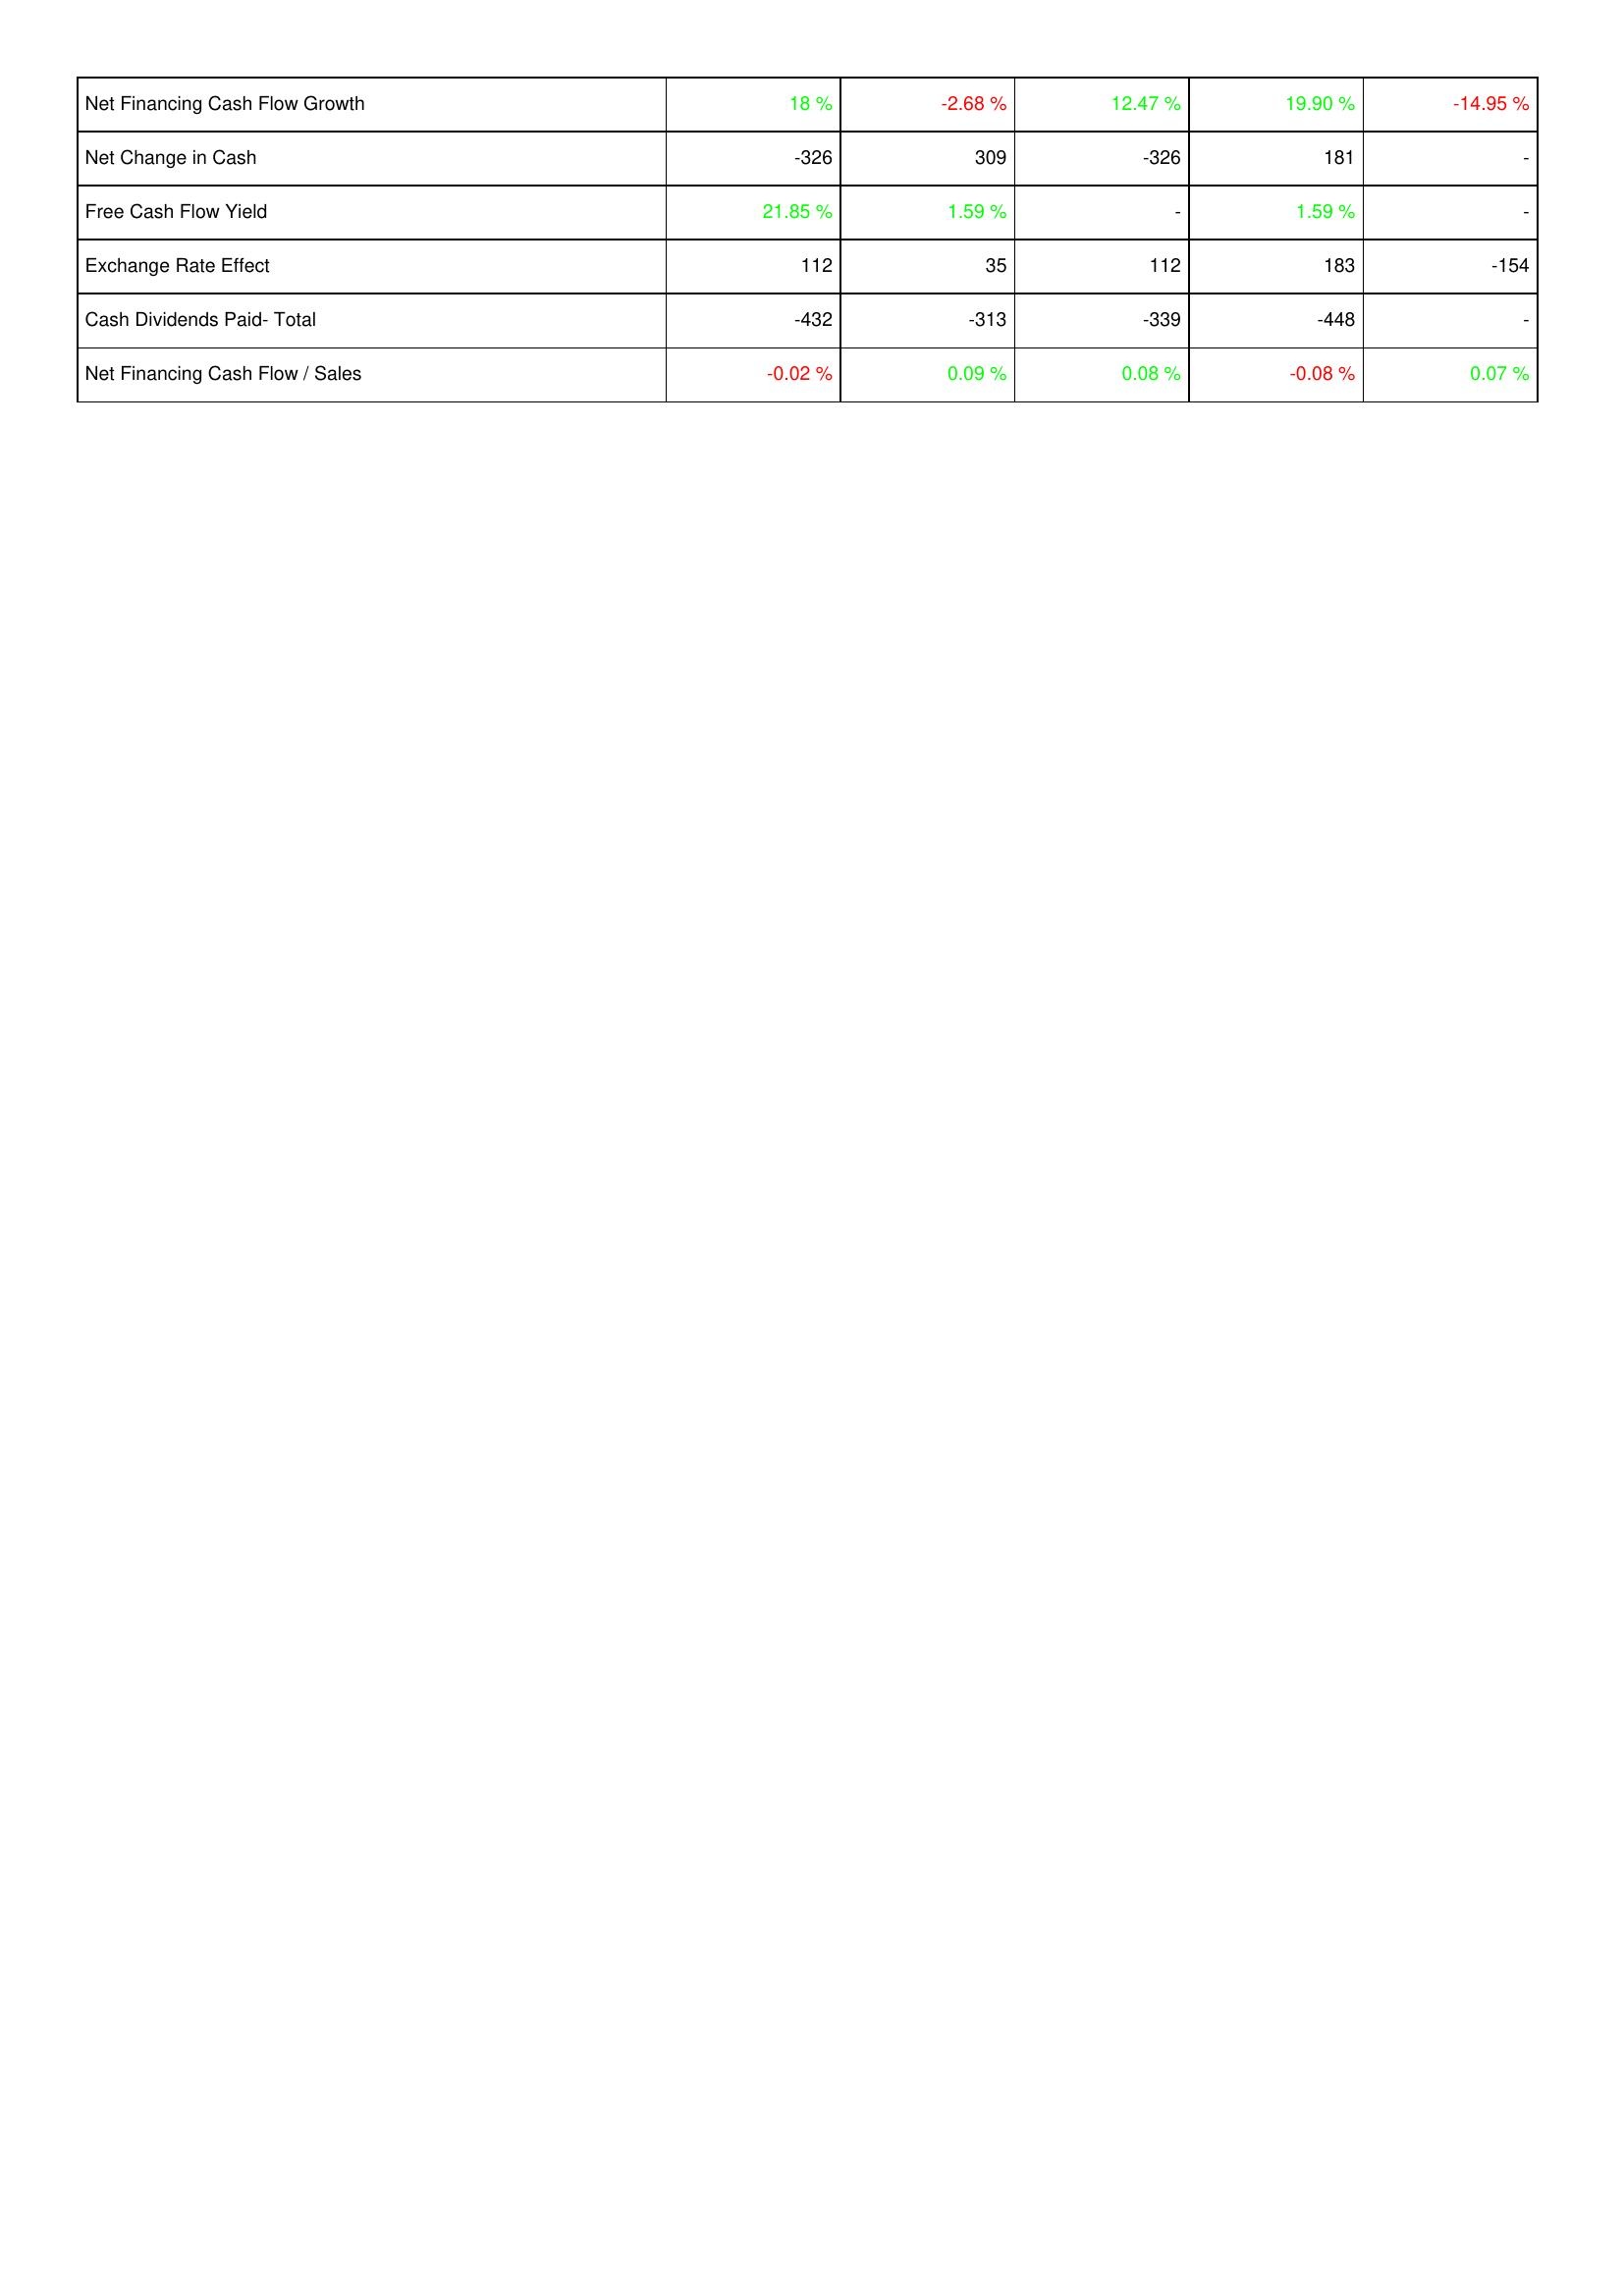
2016: Financing Activities: Net Financing Cash Flow Growth: 18 %
Net Change in Cash: -326
Free Cash Flow Yield: 21.85 %
Exchange Rate Effect: 112
Cash Dividends Paid- Total: -432
Net Financing Cash Flow / Sales: -0.02 %
2017: Financing Activities: Net Financing Cash Flow Growth: -2.68 %
Net Change in Cash: 309
Free Cash Flow Yield: 1.59 %
Exchange Rate Effect: 35
Cash Dividends Paid- Total: -313
Net Financing Cash Flow / Sales: 0.09 %
2018: Financing Activities: Net Financing Cash Flow Growth: 12.47 %
Net Change in Cash: -326
Free Cash Flow Yield: -
Exchange Rate Effect: 112
Cash Dividends Paid- Total: -339
Net Financing Cash Flow / Sales: 0.08 %
2019: Financing Activities: Net Financing Cash Flow Growth: 19.90 %
Net Change in Cash: 181
Free Cash Flow Yield: 1.59 %
Exchange Rate Effect: 183
Cash Dividends Paid- Total: -448
Net Financing Cash Flow / Sales: -0.08 %
2020: Financing Activities: Net Financing Cash Flow Growth: -14.95 %
Net Change in Cash: -
Free Cash Flow Yield: -
Exchange Rate Effect: -154
Cash Dividends Paid- Total: -
Net Financing Cash Flow / Sales: 0.07 %